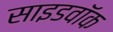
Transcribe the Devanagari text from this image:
साइडवॉक